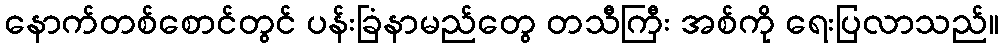
နောက်တစ်စောင်တွင် ပန်းခြံနာမည်တွေ တသီကြီး အစ်ကို ရေးပြလာသည်။